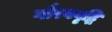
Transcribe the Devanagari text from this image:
गौरववृद्धि